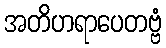
အတိဟရာပေတဗ္ဗံ